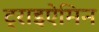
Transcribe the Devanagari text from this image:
ट्राइऐमिन